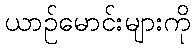
ယာဉ်မောင်းများကို